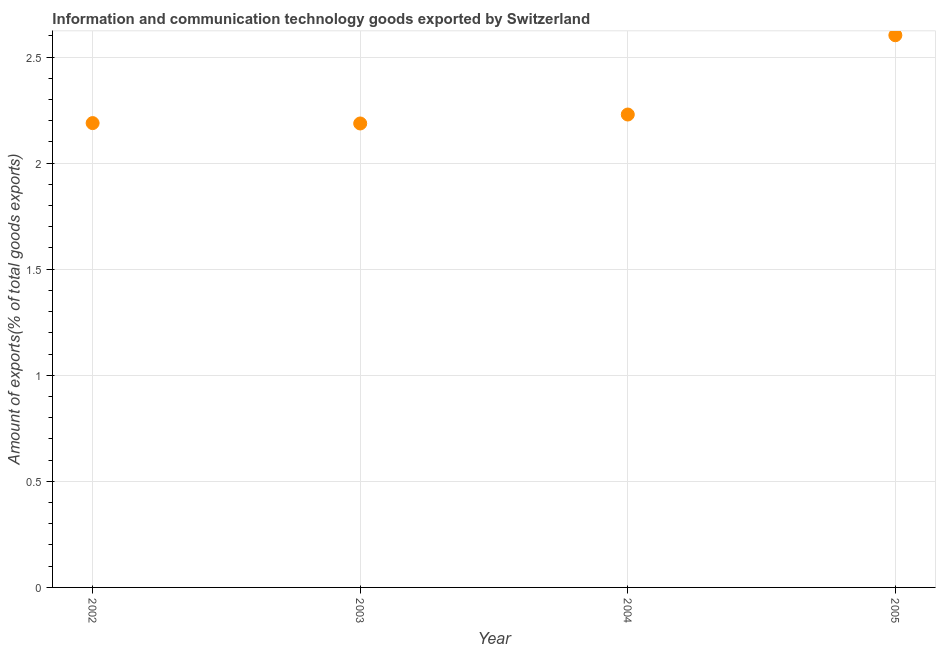
| Year | ICT goods exports |
 | --- | --- |
 | 2002 | 2.19 |
 | 2003 | 2.19 |
 | 2004 | 2.23 |
 | 2005 | 2.6 |